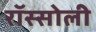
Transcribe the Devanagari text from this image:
रॉस्सोली